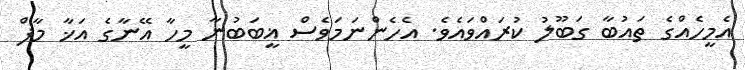
އެމީހެއްގެ ތައުބާ ގަބޫލު ކުރައްވައެވެ. އެހެންނަމަވެސް ޣީބަބުނާ މީހާ އޭނާގެ އަޚާ މާފް